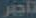
تأجير